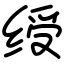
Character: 绶